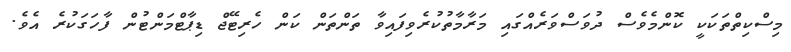
މިސްކިތްތަކަކީ ކޮންމެވެސް ދުވަސްވަރެއްގައި މަރާމާތުކުރެވިފައިވާ ތަންތަން ކަން ހެރިޓޭޖް ޑިޕާޓްމަންޓުން ފާހަގަކުރެ އެވެ.